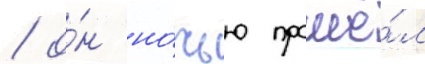
/ о́н но́чью прошё́л